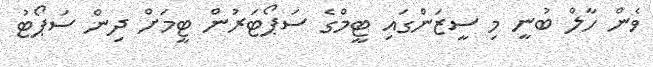
ވެން ހާލް ބުނީ މި ސީޒަންގައި ޓީމްގެ ސަޕޯޓަރުން ޓީމަށް ދިން ސަޕޯޓު